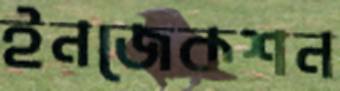
ইনজেকশন